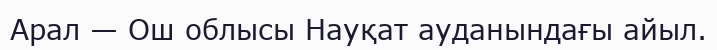
Арал — Ош облысы Науқат ауданындағы айыл.